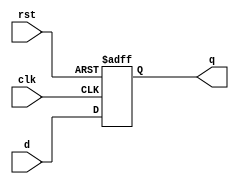
module neg_edge_d_ff_with_reset (
  input wire d, // D input signal
  input wire clk, // Clock input signal
  input wire rst, // Asynchronous reset signal
  output reg q // Output signal
);

always @(negedge clk or posedge rst) begin
  if (rst) begin
    q <= 1'b0; // Reset output Q to 0
  end else begin
    q <= d; // Update output Q with D input on falling edge of clock
  end
end

endmodule